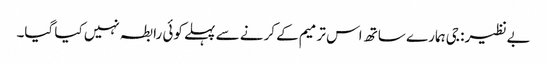
بےنظیر: جی ہمارے ساتھ اس ترمیم کے کرنے سے پہلے کوئی رابطہ نہیں کیا گیا۔